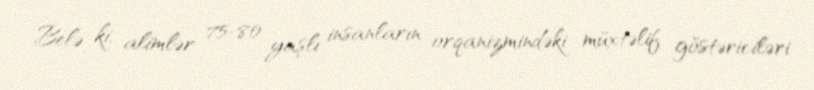
Belə ki, alimlər 75-80 yaşlı insanların orqanizmindəki müxtəlif göstəriciləri